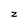
Character: z